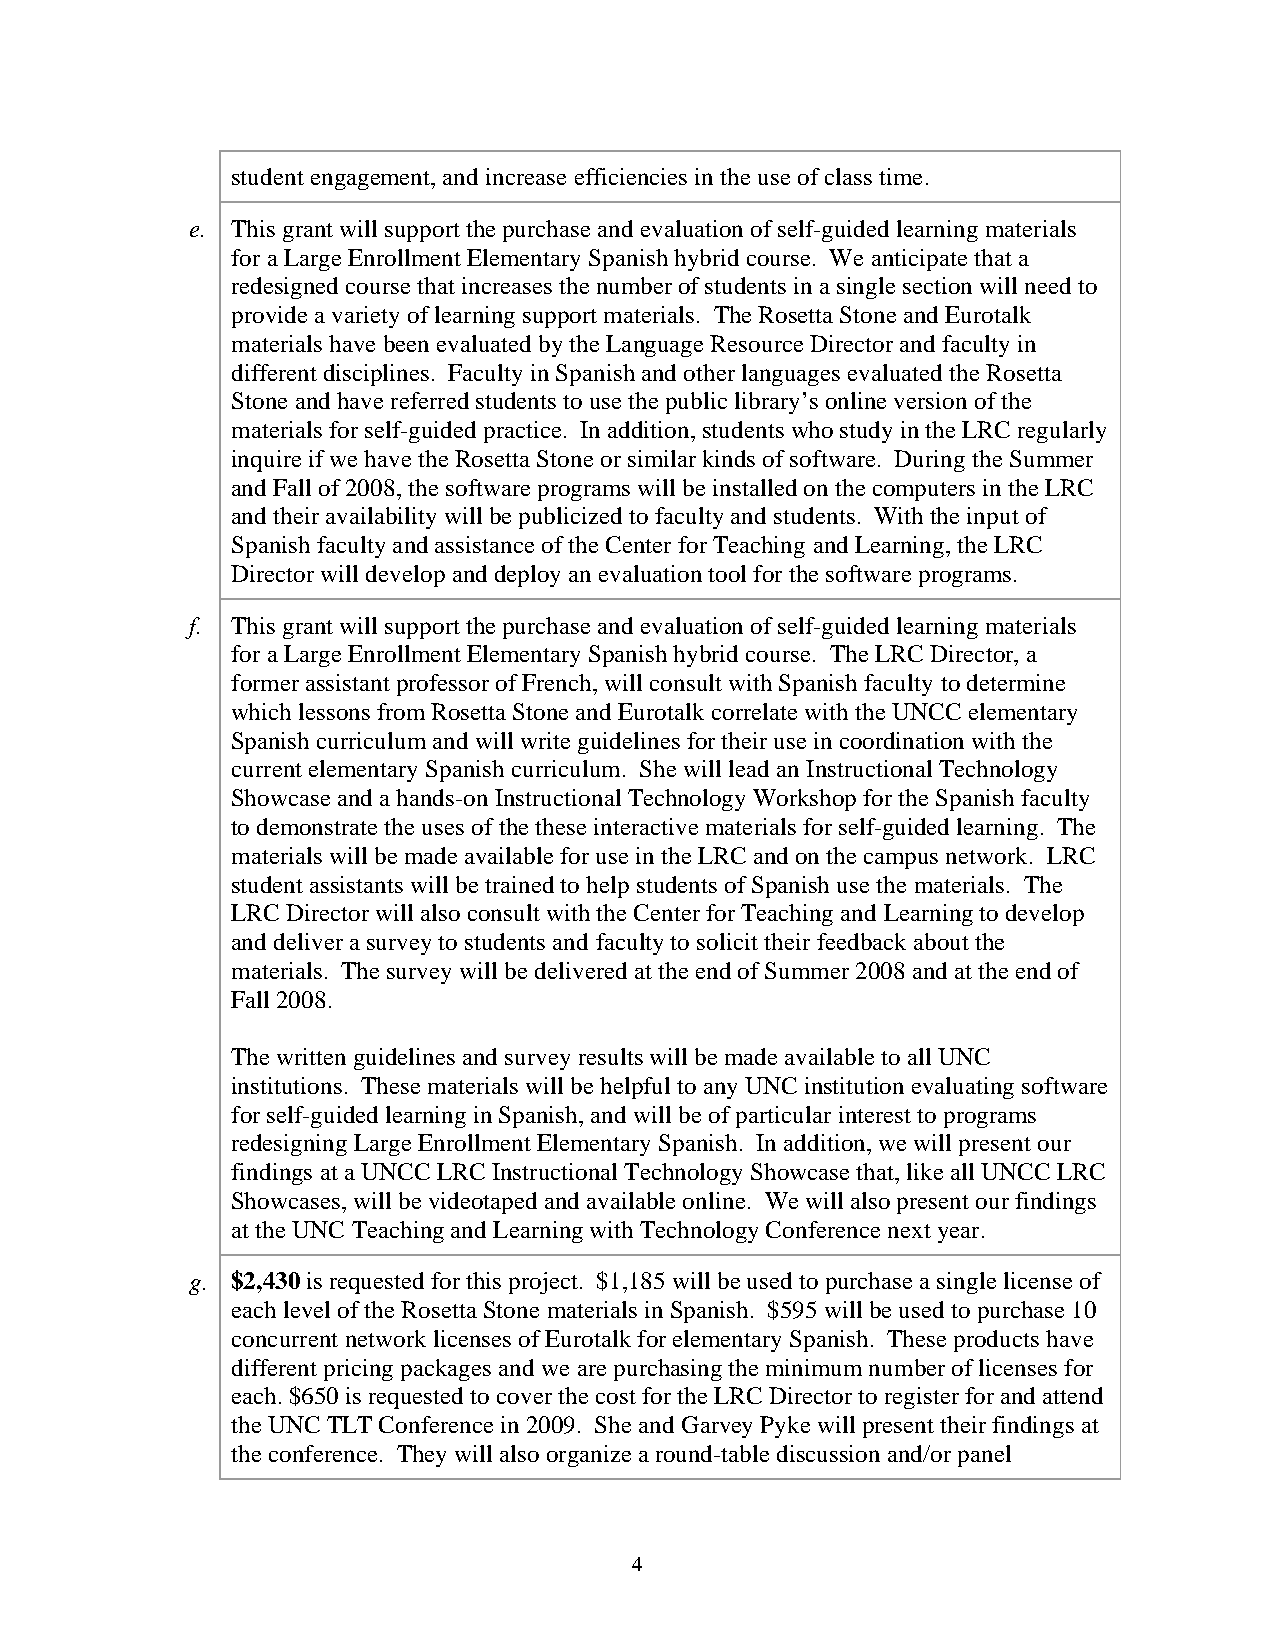
student engagement, and increase efficiencies in the use of class time.
 e. This grant will support the purchase and evaluation of self-guided learning materials
 for a Large Enrollment Elementary Spanish hybrid course. We anticipate that a
 redesigned course that increases the number of students in a single section will need to
 provide a variety of learning support materials. The Rosetta Stone and Eurotalk
 materials have been evaluated by the Language Resource Director and faculty in
 different disciplines. Faculty in Spanish and other languages evaluated the Rosetta
 Stone and have referred students to use the public library’s online version of the
 materials for self-guided practice. In addition, students who study in the LRC regularly
 inquire if we have the Rosetta Stone or similar kinds of software. During the Summer
 and Fall of 2008, the software programs will be installed on the computers in the LRC
 and their availability will be publicized to faculty and students. With the input of
 Spanish faculty and assistance of the Center for Teaching and Learning, the LRC
 Director will develop and deploy an evaluation tool for the software programs.
 f. This grant will support the purchase and evaluation of self-guided learning materials
 for a Large Enrollment Elementary Spanish hybrid course. The LRC Director, a
 former assistant professor of French, will consult with Spanish faculty to determine
 which lessons from Rosetta Stone and Eurotalk correlate with the UNCC elementary
 Spanish curriculum and will write guidelines for their use in coordination with the
 current elementary Spanish curriculum. She will lead an Instructional Technology
 Showcase and a hands-on Instructional Technology Workshop for the Spanish faculty
 to demonstrate the uses of the these interactive materials for self-guided learning. The
 materials will be made available for use in the LRC and on the campus network. LRC
 student assistants will be trained to help students of Spanish use the materials. The
 LRC Director will also consult with the Center for Teaching and Learning to develop
 and deliver a survey to students and faculty to solicit their feedback about the
 materials. The survey will be delivered at the end of Summer 2008 and at the end of
 Fall 2008.
 The written guidelines and survey results will be made available to all UNC
 institutions. These materials will be helpful to any UNC institution evaluating software
 for self-guided learning in Spanish, and will be of particular interest to programs
 redesigning Large Enrollment Elementary Spanish. In addition, we will present our
 findings at a UNCC LRC Instructional Technology Showcase that, like all UNCC LRC
 Showcases, will be videotaped and available online. We will also present our findings
 at the UNC Teaching and Learning with Technology Conference next year.
 g. $2,430 is requested for this project. $1,185 will be used to purchase a single license of
 each level of the Rosetta Stone materials in Spanish. $595 will be used to purchase 10
 concurrent network licenses of Eurotalk for elementary Spanish. These products have
 different pricing packages and we are purchasing the minimum number of licenses for
 each. $650 is requested to cover the cost for the LRC Director to register for and attend
 the UNC TLT Conference in 2009. She and Garvey Pyke will present their findings at
 the conference. They will also organize a round-table discussion and/or panel
 4